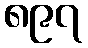
၈၉၇